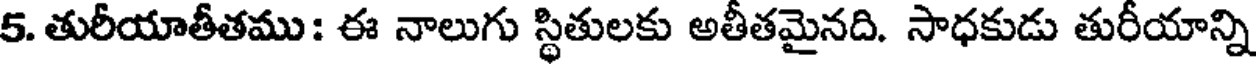
5. తురీయాతీతము: ఈ నాలుగు స్థితులకు అతీతమైనది. సాధకుడు తురీయాన్ని